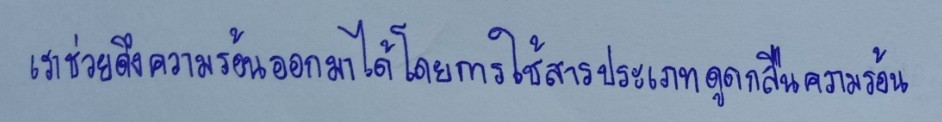
เราช่วยดึงความร้อนออกมาได้โดยการใช้สารประเภทดูดกลืนความร้อน